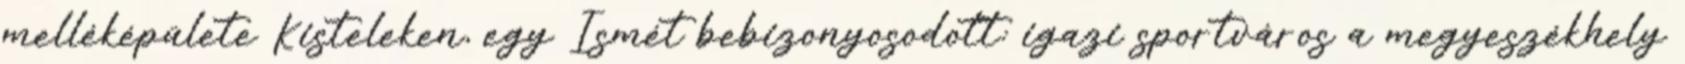
melléképülete Kisteleken, egy Ismét bebizonyosodott: igazi sportváros a megyeszékhely